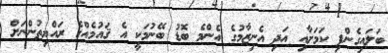
ބަލައިގެންފި ކަމަށާއި އަދި އެނިޒާމުގެ އެންމެ ބޮޑު ބޭނުމަކީ އެ ޤައުމެއްގެ ރައްޔިތުންނަށް